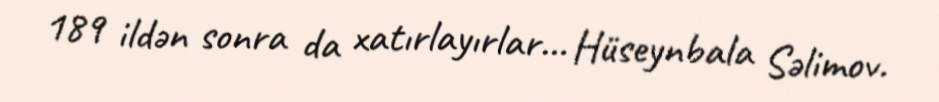
189 ildən sonra da xatırlayırlar... Hüseynbala Səlimov.